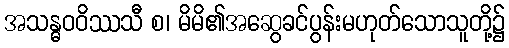
အသန္ဓဝဝိဿသီ စ၊ မိမိ၏အဆွေခင်ပွန်းမဟုတ်သောသူတို့၌